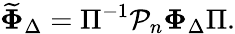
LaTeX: \widetilde{\mathbf\Phi}_{\Delta}=\Pi^{-1}{\mathcal P}_{n}{\mathbf\Phi}_{\Delta}\Pi.